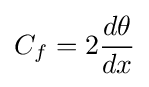
C_{f}=2{\frac {d\theta }{dx}}